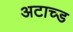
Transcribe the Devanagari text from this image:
अटाच्ड